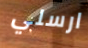
ارسلي